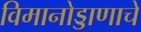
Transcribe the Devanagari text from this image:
विमानोड्डाणाचे